Vaccination in Bombay 1874-1876 - 1874-1876
Year: 1874
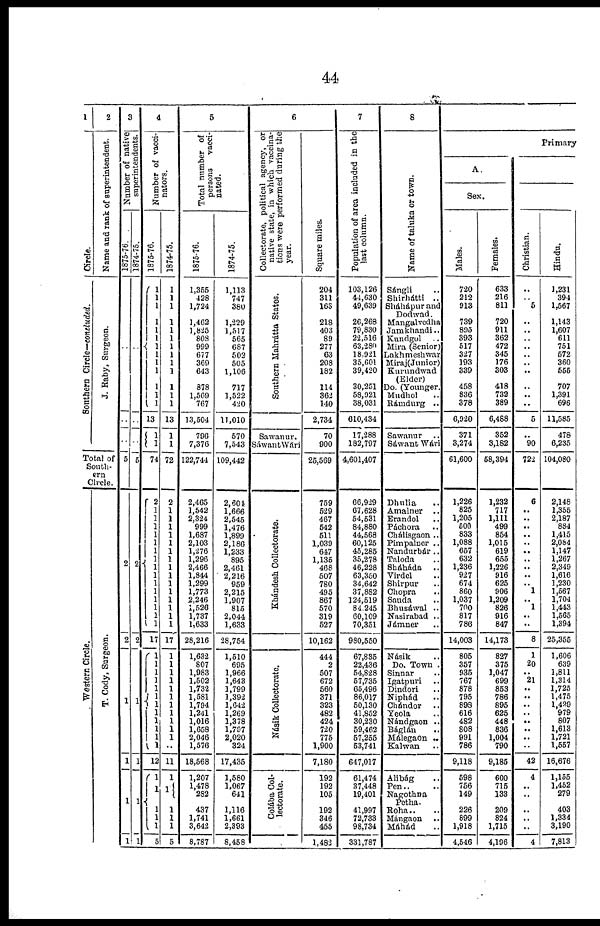
44
1
Circle.
Southern Circle—concluded.
2
Name and rank of superintendent.
J. Raby, Surgeon.
Total of
South-
ern
Circle.
Western Circle.
T. Cody, Surgeon.
3
Number of native
superintendents.
1875-76.
..
..
..
5
2
2
1
1
1
1
1874-75.
..
..
..
5
2
2
1
1
1
1
4
Number of vacci-
nators.
1875-76.
1
1
1
1
1
1 1
1
1
1
1 1
1
13
1
1
74
2
1
1
1
1
1
1
1
1
1
1
1
1
1
1
1
17
1
1
1
1
1
1
1
1
1
1
1
1
12
1
1
1
1
1
5
1874-75.
1
1
1
1
1
1
1
1
1
1
1
1
1
13
1
1
72
2
1
1
1
1
1
1
1
1
1
1
1
1
1
1
1
17
1
1
1
1
1
1
1
1
1
1
1
..
11
1
1
1
1
1
5
5
Total number of
persons
vacci-
nated.
1875-76.
1,355
428
1,724
1,462
1,825
808
999
677
369
643
878
1,569
767
13,504
796
7,376
122,744
2,465
1,542
2,324
999
1,687
2,103
1,276
1,296
2,466
1,844
1,299
1,773
2,246
1,526
1,737
1,633
28,216
1,632
807
1,983
1,502
1,732
1,581
1,794
1,241
1,016
1,658
2,046
1,576
18,568
1,207
1,478
282
437
1,741
3,642
8,787
1874-75.
1,113
747
380
1,229
1,517
565
687
502
505
1,106
717
1,522
420
11,010
570
7,543
109,442
2,604
1,666
2,545
1,476
1,899
2,186
1,233
895
2,461
2,216
959
2,215
1,907
815
2,044
1,633
28,754
1,510
695
1,966
1,643
1,799
1,392
1,642
1,269
1,378
1,797
2,020
324
17,435
1,580
1,067
641
1,116
1,661
2,393
8,458
6
Collectorate, political agency, or
native state, in which vaccina-
tions were performed during the
year.
Southern Mahrátta States.
Sawanur.
Sáwant Wári
Khándesh Collectorate.
Násik Collectorate.
Colába Col-
lectorate.
Square miles.
204
311
163
218
403
89
277
63
208
182
114
362
140
2,734
70
900
25,569
759
529
467
542
511
1,039
647
1,135
468
507
780
495
867
570
319
527
10,162
444
2
507
672
560
371
323
482
424
720
775
1,900
7,180
192
192
105
192
346
455
1,482
7
Population of area included in the
last column.
103,126
44,630
49,639
26,268
79,830
22,516
63,280
18,921
35,601
39,420
30,251
58,921
38,031
610,434
17,288
182,797
4,601,407
66,929
67,628
54,531
84,880
44,568
60,125
45,285
35,278
46,228
63,350
34,642
37,882
124,519
84,245
60,109
70,351
980,550
67,835
22,436
54,828
57,735
65,496
86,017
50,130
41,852
30,230
59,462
57,255
53,741
647,017
61,474
37,448
19,401
41,997
72,733
98,734
331,787
8
Name of taluka or town.
Sángli ..
Shirhátti ..
Sháhápur and
Dodwad.
Mangalvedha
Jamkhandi ..
Kundgol ..
Mira (Senior)
Lakhmeshwar
Miraj(Junior)
Kurundwad
(Elder)
Do. (Younger.
Mudhol ..
Rámdurg ..
Sawanur
Sáwant Wári
Dhulia ..
Amalner ..
Erandol ..
Páchora ..
Chálisgaon ..
Pimpalner ..
Nandurbár ..
Taloda ..
Sháháda
..
Virdel ..
Shirpur ..
Chopra ..
Sauda ..
Bhusáwal ..
Nasirabad ..
Jámner ..
Násik ..
Do. Town ..
Sinnar ..
Igatpuri ..
Dindori ..
Niphád ..
Chándor ..
Yeola ..
Nándgaon ..
Báglán ..
Málegaon ..
Kalwan ..
Alibág ..
Pen..
Nagothna
Petha.
Roha..
Mángaon ..
Máhád ..
Primary
A.
Sex.
Males.
720
212
913
739
895
393
517
327
193
339
458
836
378
6,920
371
3,274
61,600
1,226
825
1,205
500
833
1,088
657
632
1,236
927
674
860
1,037
700
817
786
14,003
805
357
935
767
878
795
898
616
482
808
991
786
9,118
598
756
149
226
899
1,918
4,546
Females.
633
216
811
720
911
362
472
345
176
303
418
732
389
6,488
352
3,182
58,394
1,232
717
1,111
499
854
1,015
619
655
1,226
916
625
906
1,209
826
916
847
14,173
827
375
1,047
699
853
786
895
625
448
836
1,004
790
9,185
600
715
133
209
824
1,715
4,196
Christian.
..
.. 5
..
..
..
..
..
.. ..
..
..
..
5
..
90
722
6
..
.. ..
..
.. ..
.. ..
..
.. 1
.. 1
..
..
8
1
20
.. 21
..
.. ..
.. ..
..
..
..
42
4
..
..
..
.. ..
4
Hindu.
1,231
394
1,567
1,143
1,607
611
751
572
360
555
707
1,391
696
11,585
478
6,235
104,080
2,148
1,355
2,187
884
1,415
2,084
1,147
1,267
2,349
1,616
1,230
1,567
1,704
1,443
1,565
1,394
25,355
1,606
639
1,811
1,314
1,725
1,475
1,429
979
807
1,613
1,721
1,557
16,676
1,155
1,452
279
403
1,334
3,190
7,813